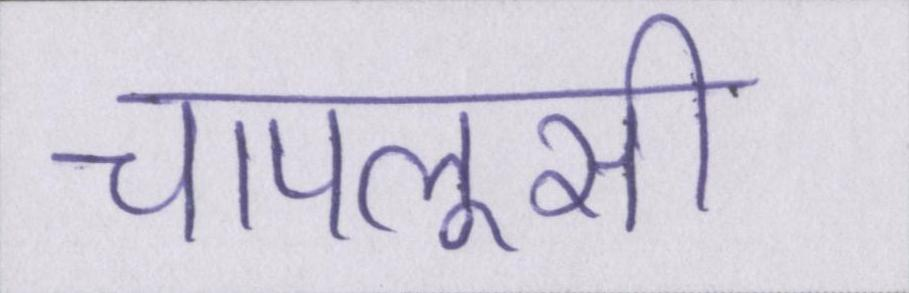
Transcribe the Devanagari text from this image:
चापलूसी